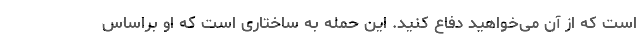
است که از آن می‌خواهید دفاع کنید. این حمله به ساختاری است که او براساس